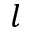
l